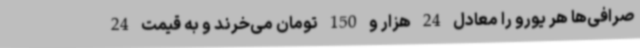
صرافی‌ها هر یورو را معادل 24 هزار و 150 تومان می‌خرند و به قیمت 24